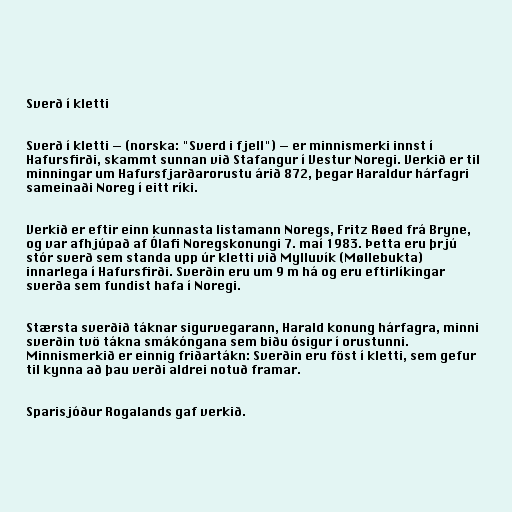
Sverð í kletti

Sverð í kletti — (norska: "Sverd i fjell") — er minnismerki innst í
Hafursfirði, skammt sunnan við Stafangur í Vestur Noregi. Verkið er til
minningar um Hafursfjarðarorustu árið 872, þegar Haraldur hárfagri
sameinaði Noreg í eitt ríki.

Verkið er eftir einn kunnasta listamann Noregs, Fritz Røed frá Bryne,
og var afhjúpað af Ólafi Noregskonungi 7. maí 1983. Þetta eru þrjú
stór sverð sem standa upp úr kletti við Mylluvík (Møllebukta)
innarlega í Hafursfirði. Sverðin eru um 9 m há og eru eftirlíkingar
sverða sem fundist hafa í Noregi.

Stærsta sverðið táknar sigurvegarann, Harald konung hárfagra, minni
sverðin tvö tákna smákóngana sem biðu ósigur í orustunni.
Minnismerkið er einnig friðartákn: Sverðin eru föst í kletti, sem gefur
til kynna að þau verði aldrei notuð framar.

Sparisjóður Rogalands gaf verkið.